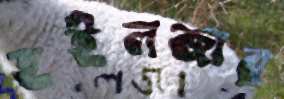
হইলজার